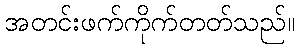
အတင်းဖက်ကိုက်တတ်သည်။